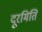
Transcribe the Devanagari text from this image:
दूरमिति